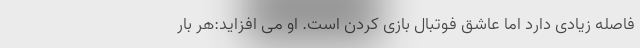
فاصله زیادی دارد اما عاشق فوتبال بازی کردن است. او می افزاید:هر بار